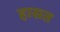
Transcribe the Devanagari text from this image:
हासत